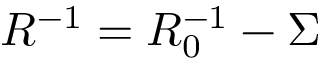
R ^ { - 1 } = R _ { 0 } ^ { - 1 } - \Sigma